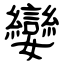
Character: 孌